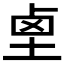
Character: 𱊺